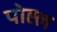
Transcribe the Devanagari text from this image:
पोह्ल